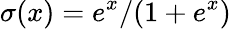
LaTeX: \sigma(x)=e^{x}/(1+e^{x})